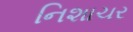
નિશાચર